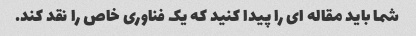
شما باید مقاله ای را پیدا کنید که یک فناوری خاص را نقد کند.